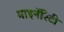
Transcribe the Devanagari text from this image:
माइनॅरिटी